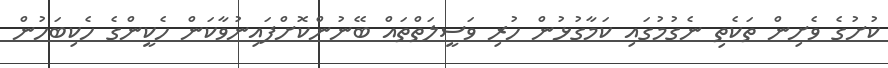
ކުށުގެ ވެށިން ތަކެތި ނެގުމުގައި ކަމާގުޅުން ހުރި ވަސީލަތްތައް ބޭނުންކޮށްފައިނުވާކަން ހެކީންގެ ހެކިބަހުން